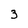
Character: 3